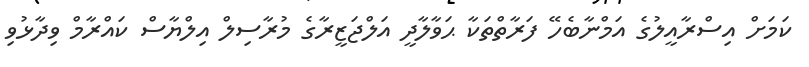
ކަމަށް އިސްރާއީލުގެ އަމްނާބެހޭ ފަރާތްތަކާ ޙަވާލާދީ އަލްޖަޒީރާގެ މުރާސިލް އިލްޔާސް ކައްރާމް ވިދާޅުވި